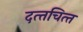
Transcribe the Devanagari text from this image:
दत्‍तचित्‍त